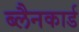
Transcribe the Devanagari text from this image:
ब्लैनकार्ड